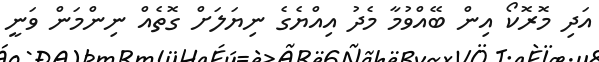
އަދި މޮރޮކޯ އިން ބޭއްވުމާ މެދު އިއްޔެގެ ނިޔަލަށް ގޮތެއް ނިންމަން ވަނީ